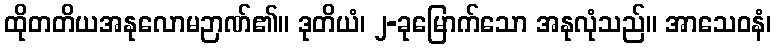
ထိုတတိယအနုလောမဉာဏ်၏။ ဒုတိယံ၊ ၂-ခုမြောက်သော အနုလုံသည်။ အာသေဝနံ၊